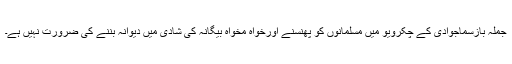
جملہ بازسماجوادی کے چکرویو میں مسلمانوں کو پھنسنے اورخواہ مخواہ بیگانہ کی شادی میں دیوانہ بننے کی ضرورت نہیں ہے۔